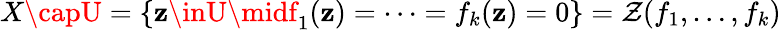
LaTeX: X\capU=\{ \mathbf{z}\inU\midf_{1}(\mathbf{z})=\cdots=f_{k}(\mathbf{z})=0\} =\mathcal{Z}(f_{1},\dots,f_{k})